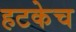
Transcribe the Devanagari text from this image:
हटकेच